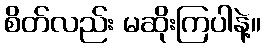
စိတ်လည်း မဆိုးကြပါနဲ့။